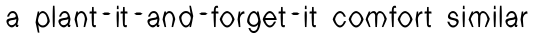
a plant-it-and-forget-it comfort similar